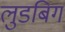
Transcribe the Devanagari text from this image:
लुडबिग